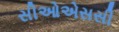
સીઓએસસી